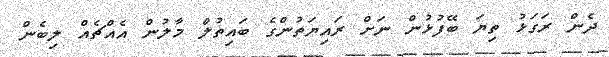
ދެން ރަގަޅު ތިޔަ ބޭފުޅުން ނަށް ރައިޔަތުންގެ ބައިތުލް މާލުން އެއްޗެއް ލިބެން